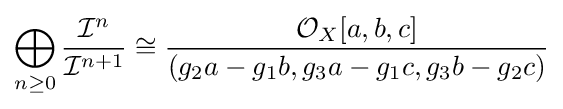
\bigoplus _{n\geq 0}{\frac {{\mathcal {I}}^{n}}{{\mathcal {I}}^{n+1}}}\cong {\frac {{\mathcal {O}}_{X}[a,b,c]}{(g_{2}a-g_{1}b,g_{3}a-g_{1}c,g_{3}b-g_{2}c)}}